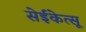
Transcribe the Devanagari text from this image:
सेईकेत्सू